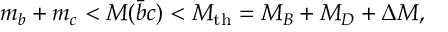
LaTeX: m _ { b } + m _ { c } < M ( \bar { b } c ) < M _ { \mathrm { t h } } = M _ { B } + M _ { D } + \Delta M ,